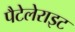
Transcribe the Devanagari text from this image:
पैटेलेराइट